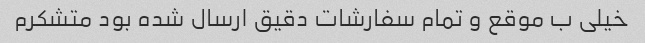
خیلی ب موقع و تمام سفارشات دقیق ارسال شده بود متشکرم